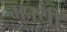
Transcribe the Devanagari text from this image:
म्हायी